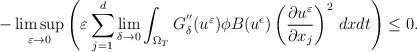
\begin{align*}-\displaystyle\limsup_{\varepsilon\to 0}\left(\varepsilon\displaystyle\sum_{j=1}^{d} \displaystyle\lim_{\delta\to 0}\int_{\Omega_{T}} G_{\delta}^{''}(u^{\varepsilon})\phi B(u^{\epsilon})\left( \frac{\partial u^{\varepsilon}}{\partial x_{j}}\right)^{2}\,dx dt\right)\leq 0.\end{align*}